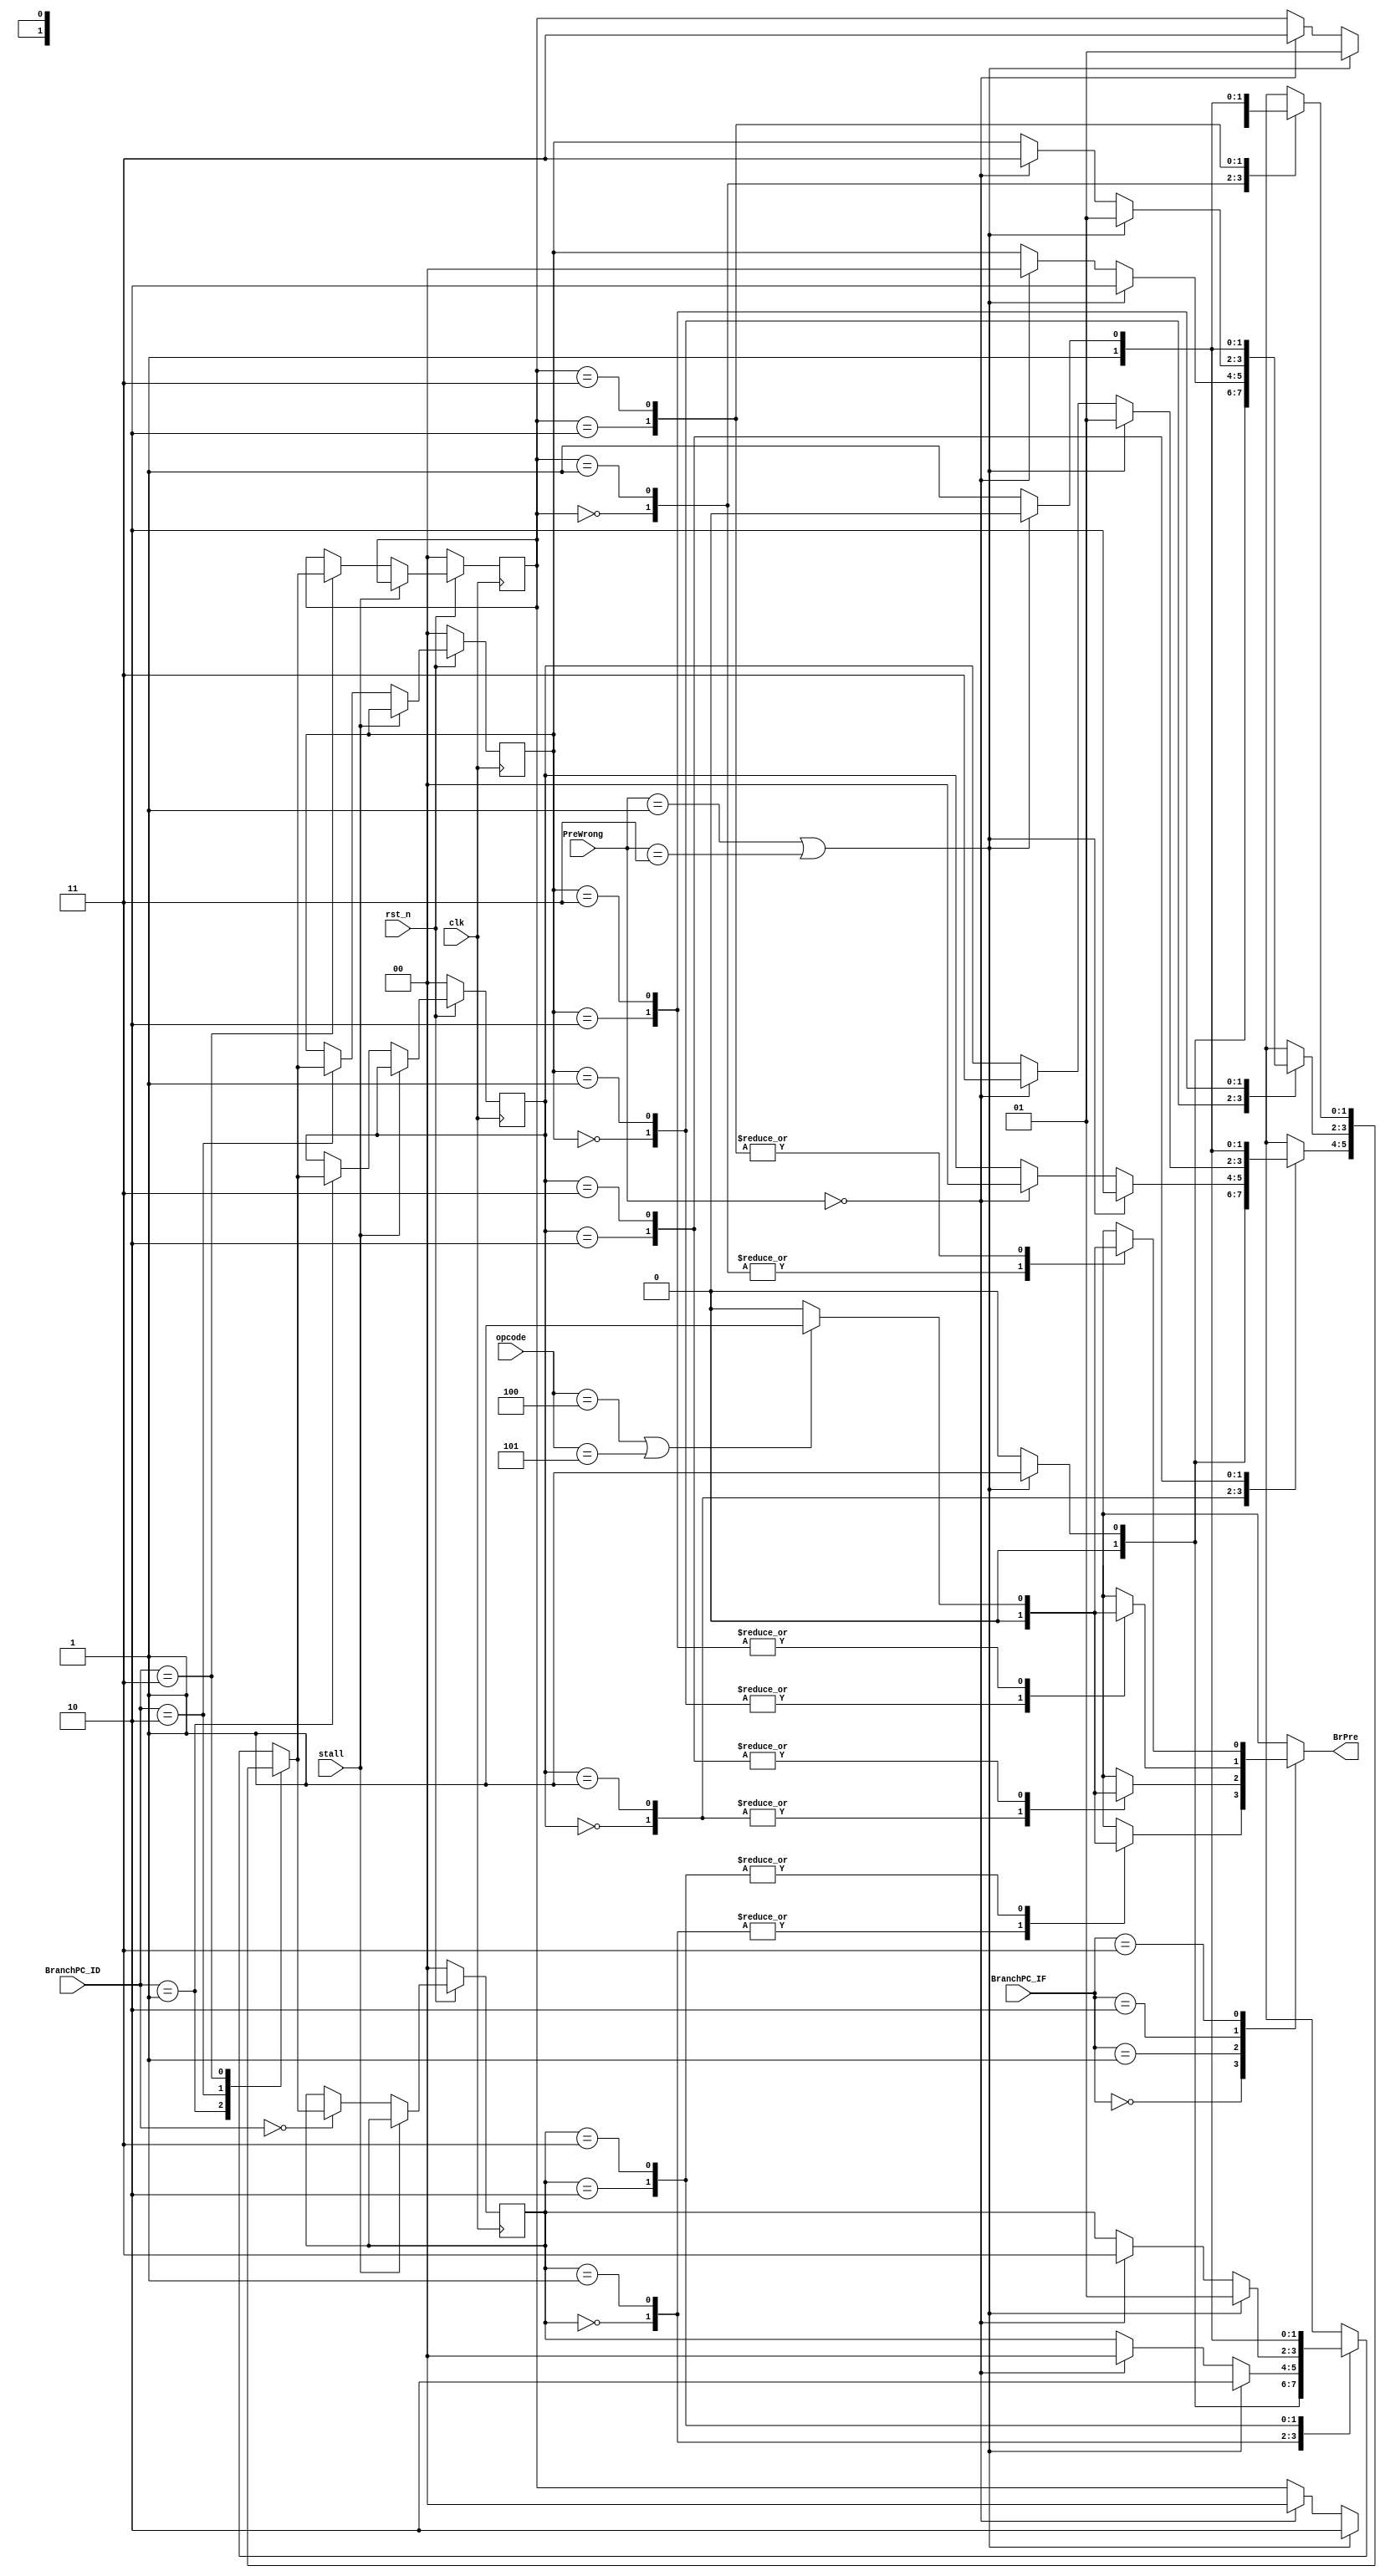
module PredictionUnit(  clk,
                        rst_n,
                        stall,
                        PreWrong,
                        opcode,
                        BranchPC_IF,
                        BranchPC_ID,
                        BrPre
);

    //==== input/output definition ============================
    input           clk, rst_n, stall;
    input     [1:0] PreWrong;
    input     [5:0] opcode;
    input     [1:0] BranchPC_IF, BranchPC_ID;
    output reg      BrPre;
    //==== state definition ===================================
    parameter       NotTaken1 = 2'b00;
    parameter       NotTaken2 = 2'b01;
    parameter       Taken1 = 2'b10;
    parameter       Taken2 = 2'b11;
    //==== wire/reg definition ================================
    wire            BranchSignal;
    wire      [1:0] state_old[0:3];
    reg       [1:0] state[0:3], nxt_state;
    integer         i;
    //==== combinational circuit ==============================
    assign BranchSignal = ((opcode == 6'h4) || (opcode == 6'h5)) ? 1'b1 : 1'b0; //  beq, bne
    assign state_old[0] = state[0];
    assign state_old[1] = state[1];
    assign state_old[2] = state[2];
    assign state_old[3] = state[3];
    // FSM
    always @(*) begin
        case(BranchPC_ID)
            2'd0: begin
                nxt_state =  state[0];
                case(state[0])
                    NotTaken1: begin
                        if((PreWrong == 2'b01) || (PreWrong == 2'b11)) nxt_state = NotTaken2;
                        else nxt_state = NotTaken1;
                    end
                    NotTaken2: begin
                        if((PreWrong == 2'b01) || (PreWrong == 2'b11)) nxt_state = Taken1;
                        else if(PreWrong == 2'b00) nxt_state = NotTaken1;
                        else nxt_state =  state[0];
                    end
                    Taken1: begin
                        if((PreWrong == 2'b01) || (PreWrong == 2'b11)) nxt_state = NotTaken2;
                        else if(PreWrong == 2'b00) nxt_state = Taken2;
                        else nxt_state =  state[0];
                    end
                    Taken2: begin
                        if((PreWrong == 2'b01) || (PreWrong == 2'b11)) nxt_state = Taken1;
                        else nxt_state = Taken2;
                    end
                    default: begin
                        nxt_state = state[0];
                    end
                endcase
            end
            2'd1: begin
                nxt_state =  state[1];
                case(state[1])
                    NotTaken1: begin
                        if((PreWrong == 2'b01) || (PreWrong == 2'b11)) nxt_state = NotTaken2;
                        else nxt_state = NotTaken1;
                    end
                    NotTaken2: begin
                        if((PreWrong == 2'b01) || (PreWrong == 2'b11)) nxt_state = Taken1;
                        else if(PreWrong == 2'b00) nxt_state = NotTaken1;
                        else nxt_state =  state[1];
                    end
                    Taken1: begin
                        if((PreWrong == 2'b01) || (PreWrong == 2'b11)) nxt_state = NotTaken2;
                        else if(PreWrong == 2'b00) nxt_state = Taken2;
                        else nxt_state =  state[1];
                    end
                    Taken2: begin
                        if((PreWrong == 2'b01) || (PreWrong == 2'b11)) nxt_state = Taken1;
                        else nxt_state = Taken2;
                    end
                    default: begin
                        nxt_state = state[1];
                    end
                endcase
            end
            2'd2: begin
                nxt_state =  state[2];
                case(state[2])
                    NotTaken1: begin
                        if((PreWrong == 2'b01) || (PreWrong == 2'b11)) nxt_state = NotTaken2;
                        else nxt_state = NotTaken1;
                    end
                    NotTaken2: begin
                        if((PreWrong == 2'b01) || (PreWrong == 2'b11)) nxt_state = Taken1;
                        else if(PreWrong == 2'b00) nxt_state = NotTaken1;
                        else nxt_state =  state[2];
                    end
                    Taken1: begin
                        if((PreWrong == 2'b01) || (PreWrong == 2'b11)) nxt_state = NotTaken2;
                        else if(PreWrong == 2'b00) nxt_state = Taken2;
                        else nxt_state =  state[2];
                    end
                    Taken2: begin
                        if((PreWrong == 2'b01) || (PreWrong == 2'b11)) nxt_state = Taken1;
                        else nxt_state = Taken2;
                    end
                    default: begin
                        nxt_state = state[2];
                    end
                endcase
            end
            2'd3: begin
                nxt_state =  state[3];
                case(state[3])
                    NotTaken1: begin
                        if((PreWrong == 2'b01) || (PreWrong == 2'b11)) nxt_state = NotTaken2;
                        else nxt_state = NotTaken1;
                    end
                    NotTaken2: begin
                        if((PreWrong == 2'b01) || (PreWrong == 2'b11)) nxt_state = Taken1;
                        else if(PreWrong == 2'b00) nxt_state = NotTaken1;
                        else nxt_state =  state[3];
                    end
                    Taken1: begin
                        if((PreWrong == 2'b01) || (PreWrong == 2'b11)) nxt_state = NotTaken2;
                        else if(PreWrong == 2'b00) nxt_state = Taken2;
                        else nxt_state =  state[3];
                    end
                    Taken2: begin
                        if((PreWrong == 2'b01) || (PreWrong == 2'b11)) nxt_state = Taken1;
                        else nxt_state = Taken2;
                    end
                    default: begin
                        nxt_state = state[3];
                    end
                endcase
            end
            default: begin
                nxt_state =  NotTaken1;
            end
        endcase
    end
    //Control BrPre
    always@(*) begin
        BrPre = 1'b0;
        case(BranchPC_IF)
            2'd0: begin
                case(state[0])
                    NotTaken1: begin
                        BrPre = 1'b0;
                    end
                    NotTaken2: begin
                        BrPre = 1'b0;
                    end
                    Taken1: begin
                        BrPre = 1'b1 & BranchSignal;
                    end
                    Taken2: begin
                        BrPre = 1'b1 & BranchSignal;
                    end
                    default: begin
                        BrPre = 1'b0;
                    end
                endcase
            end
            2'd1: begin
                case(state[1])
                    NotTaken1: begin
                        BrPre = 1'b0;
                    end
                    NotTaken2: begin
                        BrPre = 1'b0;
                    end
                    Taken1: begin
                        BrPre = 1'b1 & BranchSignal;
                    end
                    Taken2: begin
                        BrPre = 1'b1 & BranchSignal;
                    end
                    default: begin
                        BrPre = 1'b0;
                    end
                endcase
            end
            2'd2: begin
                case(state[2])
                    NotTaken1: begin
                        BrPre = 1'b0;
                    end
                    NotTaken2: begin
                        BrPre = 1'b0;
                    end
                    Taken1: begin
                        BrPre = 1'b1 & BranchSignal;
                    end
                    Taken2: begin
                        BrPre = 1'b1 & BranchSignal;
                    end
                    default: begin
                        BrPre = 1'b0;
                    end
                endcase
            end
            2'd3: begin
                case(state[3])
                    NotTaken1: begin
                        BrPre = 1'b0;
                    end
                    NotTaken2: begin
                        BrPre = 1'b0;
                    end
                    Taken1: begin
                        BrPre = 1'b1 & BranchSignal;
                    end
                    Taken2: begin
                        BrPre = 1'b1 & BranchSignal;
                    end
                    default: begin
                        BrPre = 1'b0;
                    end
                endcase
            end
            default: BrPre = 1'b0;
        endcase
    end
    //==== sequential circuit =================================
    always @(posedge clk) begin
        if(!rst_n) begin
            for(i = 0; i <= 4; i = i + 1) state[i] <= NotTaken1;
        end
        else if(stall) begin
            for(i = 0; i <= 4; i = i + 1) state[i] <= state_old[i];
        end
        else begin
            case(BranchPC_ID)
                2'd0: state[0] <= nxt_state;
                2'd1: state[1] <= nxt_state;
                2'd2: state[2] <= nxt_state;
                2'd3: state[3] <= nxt_state;
                default: state[0] <= nxt_state;
            endcase
        end
    end
endmodule

module Comparater(  BrPre,
                    equal,
                    Ctrl_Br,
                    PreWrong
);
    //==== input/output definition ============================
    input               BrPre, equal;
    input         [1:0] Ctrl_Br;    // 00 don't branch, 01 beq, 10 bne
    output reg    [1:0] PreWrong;   // 00 pre right, 01 if predicted branch but actually doesn't have to branch, 10 not branch, 11 if predicted not branch but actually has to branch
    //==== combinational circuit ==============================
    always @(*) begin
        PreWrong = 2'b10;
        if(BrPre && ((Ctrl_Br==2'b01 && equal==1'b0) || (Ctrl_Br==2'b10 && equal==1'b1))) begin
            // if predicted branch but actually doesn't have to branch
            PreWrong = 2'b01;
        end
        else if((~BrPre) && ((Ctrl_Br==2'b01 && equal==1'b1) || (Ctrl_Br==2'b10 && equal==1'b0))) begin
            // if predicted not branch but actually has to branch
            PreWrong = 2'b11;
        end
        else if(Ctrl_Br==2'b01 || Ctrl_Br==2'b10) begin
            // predict right
            PreWrong = 2'b00;
        end
        else begin
            PreWrong = 2'b10;
        end
    end
endmodule